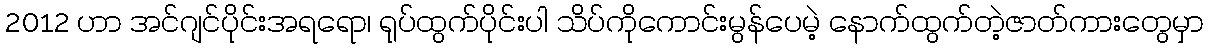
2012 ဟာ အင်ဂျင်ပိုင်းအရရော၊ ရုပ်ထွက်ပိုင်းပါ သိပ်ကိုကောင်းမွန်ပေမဲ့ နောက်ထွက်တဲ့ဇာတ်ကားတွေမှာ